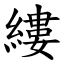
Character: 縷